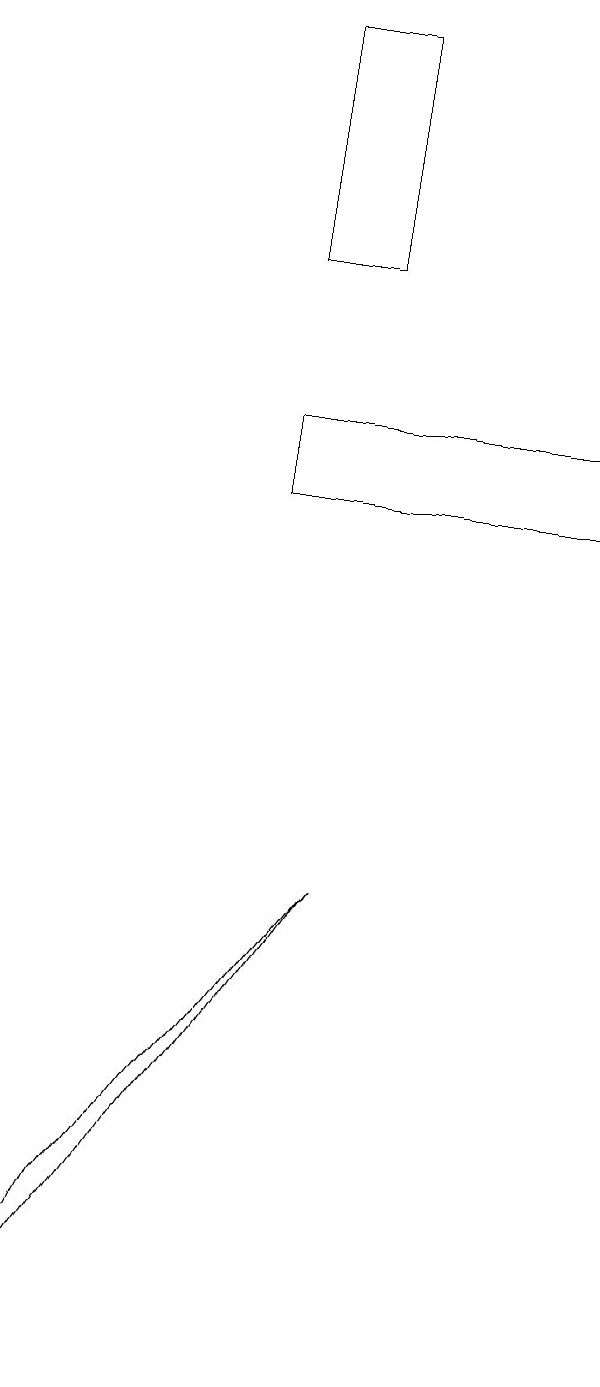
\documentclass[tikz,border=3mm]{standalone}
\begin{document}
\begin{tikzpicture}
\draw (4,12) rectangle (8,13);
\draw (4,15) rectangle (5,18);
\draw (1,1) -- (5,7) -- (2,3) -- cycle;
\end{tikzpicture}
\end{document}